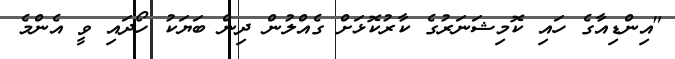
"އިންޑިއާގެ ހައި ކޮމިޝަނަރުގެ ކާރުކޮޅަށް ގެއްލުން ދިން ބަޔަކު ހޯދައި ވީ އެންމެ